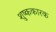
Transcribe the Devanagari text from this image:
शुष्ककारक